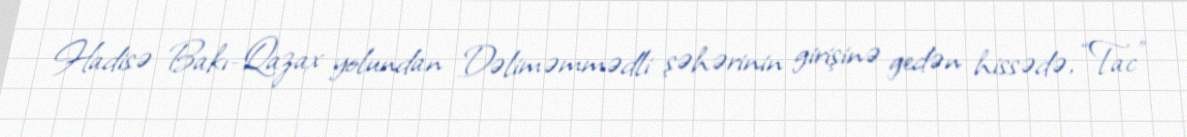
Hadisə Bakı-Qazax yolundan Dəliməmmədli şəhərinin girişinə gedən hissədə, “Tac”